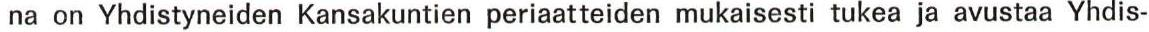
na on Yhdistyneiden Kansakuntien periaatteiden mukaisesti tukea ja avustaa Yhdis-